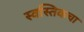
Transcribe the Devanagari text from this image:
स्वस्तिकचा